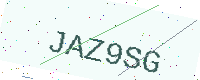
Text: JAZ9SG